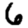
Digit: 6